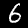
Digit: 6